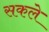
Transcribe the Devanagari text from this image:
सकले